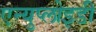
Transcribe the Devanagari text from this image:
एन्युप्लोइडी